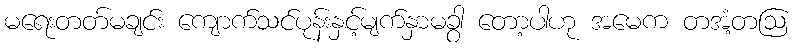
မရေးတတ်မချင်း ကျောက်သင်ပုန်းနှင့်မျက်နှာမခွာ တော့ပါဟု အမေက တအံ့တဩ